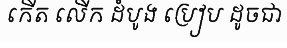
កើត លើក ដំបូង ប្រៀប ដូចជា